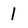
Character: 1